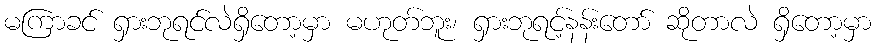
မကြာခင် ရှားဘုရင်လဲရှိတော့မှာ မဟုတ်ဘူး၊ ရှားဘုရင့်နန်းတော် ဆိုတာလဲ ရှိတော့မှာ